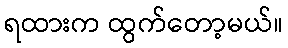
ရထားက ထွက်တော့မယ်။